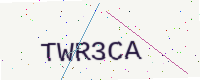
Text: TWR3CA